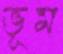
ভূম